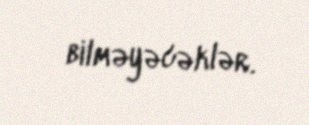
bilməyəcəklər.